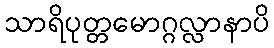
သာရိပုတ္တမောဂ္ဂလ္လာနာပိ